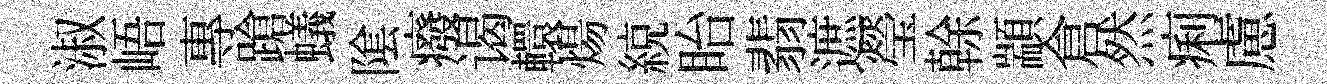
淑峿專蹌蟻隂癈谒轘煬綂眙翡遮瑩𠏉顓倉然痢慮